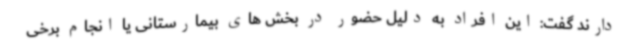
دارند گفت: این افراد به دلیل حضور در بخش های بیمارستانی یا انجام برخی